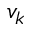
v _ { k }